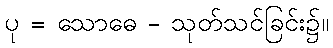
ပု = သောဓေ - သုတ်သင်ခြင်း၌။